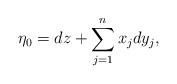
LaTeX: \begin{align*}\eta_0=dz+\sum_{j=1}^n x_jdy_j,\end{align*}